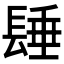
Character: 𨲉